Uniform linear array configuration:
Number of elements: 24
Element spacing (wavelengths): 0.25
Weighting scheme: blackman
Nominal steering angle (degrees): -60
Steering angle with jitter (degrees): -61.581
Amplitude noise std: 0.05
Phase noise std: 0.05

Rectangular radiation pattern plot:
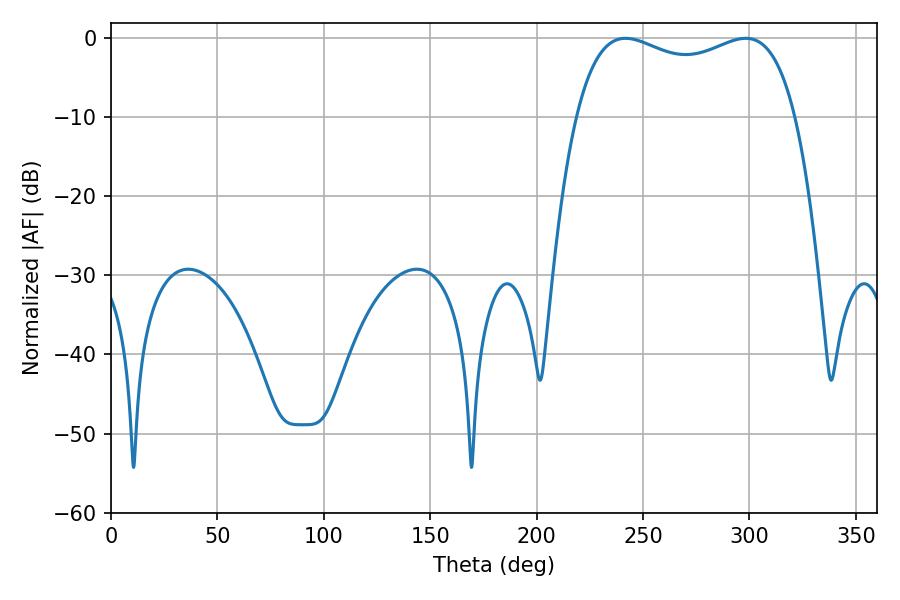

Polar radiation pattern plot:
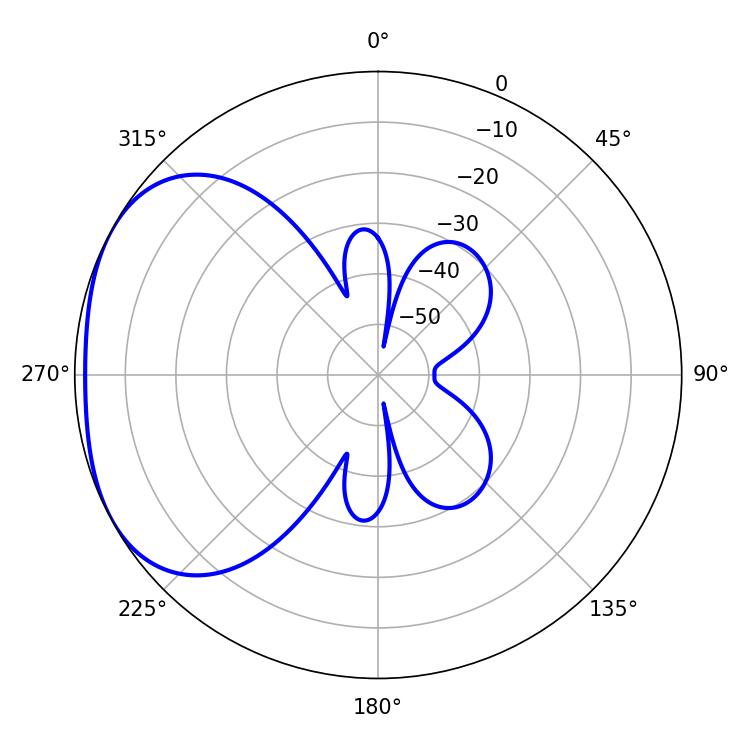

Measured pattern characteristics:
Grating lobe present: FALSE
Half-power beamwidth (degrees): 84.96
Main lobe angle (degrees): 241.74